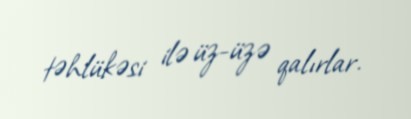
təhlükəsi ilə üz-üzə qalırlar.